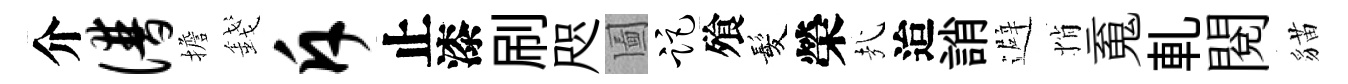
介谱擔錢斥止漆刷咫圗距飱髪榮㢤迨誚避悄䰟軋閲貓